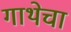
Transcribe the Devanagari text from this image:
गाथेचा